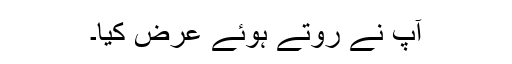
آپ نے روتے ہوئے عرض کیا۔